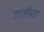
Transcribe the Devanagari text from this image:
ज्ञातींचा